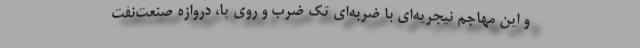
و این مهاجم نیجریه‌ای با ضربه‌ای تک ضرب و روی پا، دروازه صنعت‌نفت